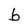
Character: b